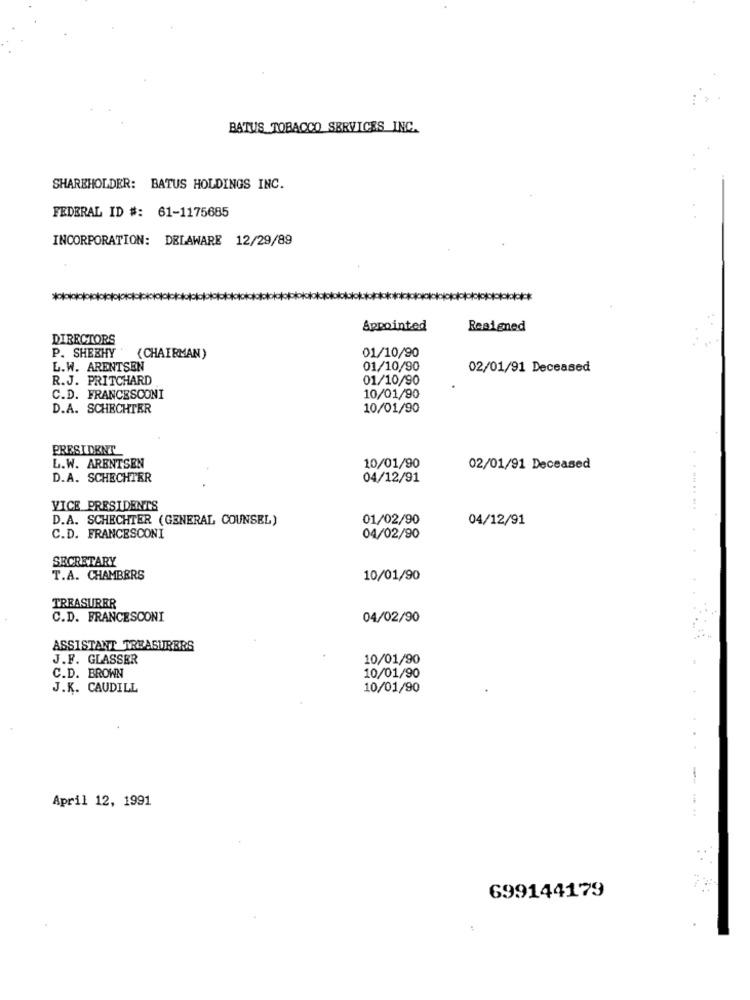
BATUS TOBACCO SERVICES INC.
SHAREHOLDER: BATUS HOLDINGS INC.
FEDERAL ID #: 61-1175685
INCORPORATION: DELAWARE 12/29/89
Appointed
Resigned
DIRECTORS
P. SHEEHY
(CHAIRMAN)
01/10/90
L.W. ARENTSEN
01/10/90
02/01/91 Deceased
R.J. PRITCHARD
01/10/90
C.D. FRANCESCONI
10/01/90
D.A. SCHECHTER
10/01/90
PRESIDENT
L.W. ARENTSEN
10/01/90
02/01/91 Deceased
D.A. SCHECHTER
04/12/91
VICE PRESIDENTS
. ... .. ...
D.A. SCHECHTER (GENERAL COUNSEL)
01/02/90
04/12/91
C.D. FRANCESCONI
04/02/90
SECRETARY
T.A. CHAMBERS
10/01/90
TREASURER
C.D. FRANCESCONI
04/02/90
ASSISTANT TREASURERS
J.F. GLASSER
10/01/90
C.D. BROWN
10/01/90
J.K. CAUDILL
10/01/90
-
April 12, 1991
699144179